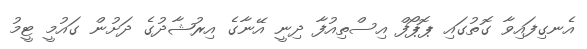
އެނގިފައިވާ ގޮތުގައި ޕޮޕޯފް އިސްތިއުފާ ދިނީ އޭނާގެ އިރުޝާދުގެ ދަށުން ގައުމީ ޓީމު